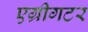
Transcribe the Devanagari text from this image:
एग्रीगटर